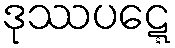
ဒုဿပဋ္ဋေ